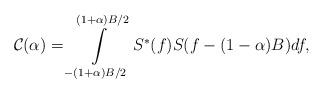
LaTeX: \begin{align*} \mathcal{C}_{} (\alpha)=\int\limits_{-(1+\alpha)B/2}^{(1+\alpha)B/2} S_{}^{*}(f) S_{}(f-{(1-\alpha)B})df ,\end{align*}